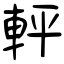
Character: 軯